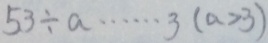
5 3 \div a \cdots 3 ( a > 3 )